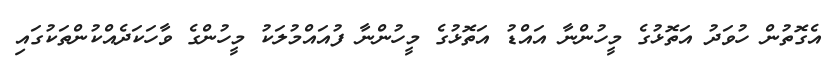
އެގޮތުން ހުވަދު އަތޮޅުގެ މީހުންނާ އައްޑު އަތޮޅުގެ މީހުންނާ ފުއައްމުލަކު މީހުންގެ ވާހަކަދެއްކުންތަކުގައި